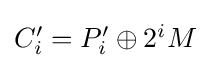
{\textstyle C'_{i}=P'_{i}\oplus 2^{i}M}